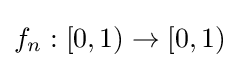
f_{n}:[0,1)\to [0,1)